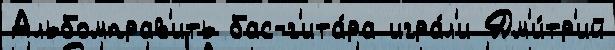
Альбомправ'ить бас-г'ита́ра игра́л'и Дм'и́тр'ий